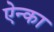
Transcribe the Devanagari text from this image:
ऐन्का